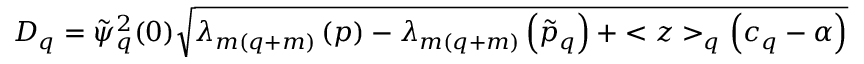
D _ { q } = \tilde { \psi } _ { q } ^ { 2 } ( 0 ) \sqrt { \lambda _ { m ( q + m ) } \left( p \right) - \lambda _ { m ( q + m ) } \left( \tilde { p } _ { q } \right) + < z > _ { q } \left( c _ { q } - \alpha \right) }